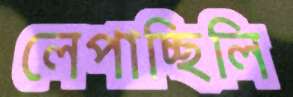
লেপাচ্ছিলি